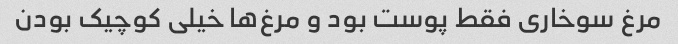
مرغ سوخاری فقط پوست بود و مرغ‌ها خیلی کوچیک بودن